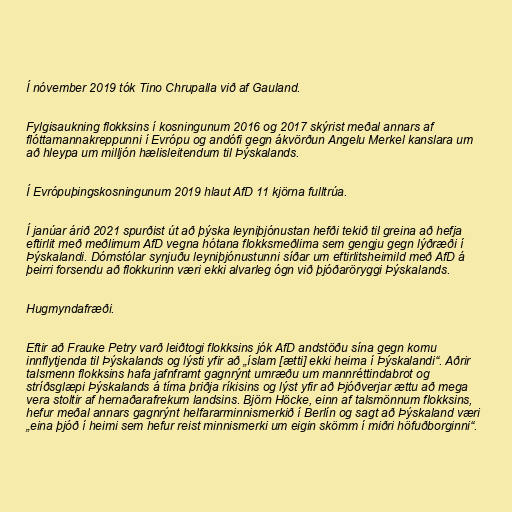
Í nóvember 2019 tók Tino Chrupalla við af Gauland.

Fylgisaukning flokksins í kosningunum 2016 og 2017 skýrist meðal annars af
flóttamannakreppunni í Evrópu og andófi gegn ákvörðun Angelu Merkel kanslara um
að hleypa um milljón hælisleitendum til Þýskalands.

Í Evrópuþingskosningunum 2019 hlaut AfD 11 kjörna fulltrúa.

Í janúar árið 2021 spurðist út að þýska leyniþjónustan hefði tekið til greina að hefja
eftirlit með meðlimum AfD vegna hótana flokksmeðlima sem gengju gegn lýðræði í
Þýskalandi. Dómstólar synjuðu leyniþjónustunni síðar um eftirlitsheimild með AfD á
þeirri forsendu að flokkurinn væri ekki alvarleg ógn við þjóðaröryggi Þýskalands.

Hugmyndafræði.

Eftir að Frauke Petry varð leiðtogi flokksins jók AfD andstöðu sína gegn komu
innflytjenda til Þýskalands og lýsti yfir að „íslam [ætti] ekki heima í Þýskalandi“. Aðrir
talsmenn flokksins hafa jafnframt gagnrýnt umræðu um mannréttindabrot og
stríðsglæpi Þýskalands á tíma þriðja ríkisins og lýst yfir að Þjóðverjar ættu að mega
vera stoltir af hernaðarafrekum landsins. Björn Höcke, einn af talsmönnum flokksins,
hefur meðal annars gagnrýnt helfararminnismerkið í Berlín og sagt að Þýskaland væri
„eina þjóð í heimi sem hefur reist minnismerki um eigin skömm í miðri höfuðborginni“.